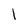
Character: l